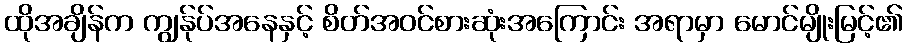
ထိုအချိန်က ကျွန်ုပ်အနေနှင့် စိတ်အဝင်စားဆုံးအကြောင်း အရာမှာ မောင်မျိုးမြင့်၏